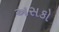
અસકો